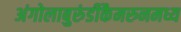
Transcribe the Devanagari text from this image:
अंगोलाबुरुंडीकैमरुनमध्य